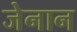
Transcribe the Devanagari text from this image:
जेनान